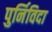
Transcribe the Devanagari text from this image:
पुर्निविदा